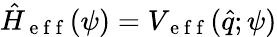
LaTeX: \hat{H}_{\mathrm{~e~f~f~}}(\psi)=V_{\mathrm{~e~f~f~}}(\hat{q};\psi)